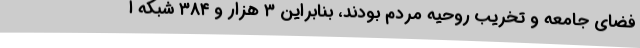
فضای جامعه و تخریب روحیه مردم بودند، بنابراین ۳ هزار و ۳۸۴ شبکه ا